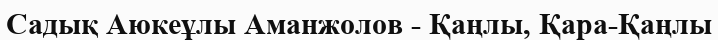
Садық Аюкеұлы Аманжолов - Қаңлы, Қара-Қаңлы